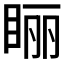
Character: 𰥢